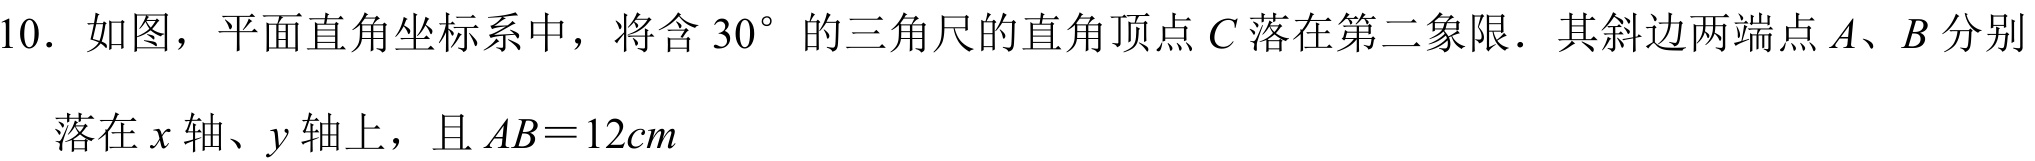
10. 如图，平面直角坐标系中，将含\(30^{\circ}\)的三角尺的直角顶点\(C\)落在第二象限．其斜边两端点\(A、B\)分别落在\(x\)轴、\(y\)轴上，且\(AB = 12cm\)